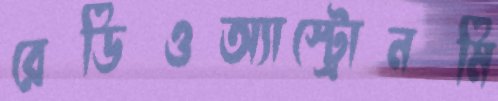
রেডিওঅ্যাস্ট্রোনমি